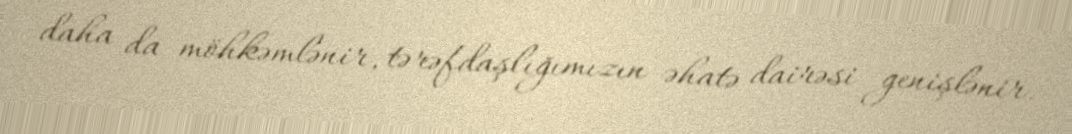
daha da möhkəmlənir, tərəfdaşlığımızın əhatə dairəsi genişlənir.